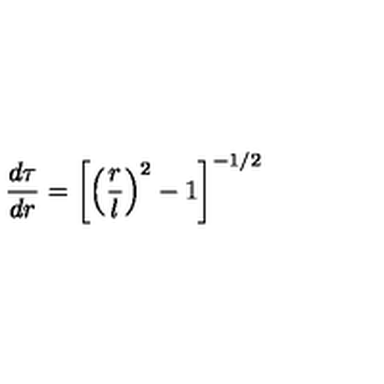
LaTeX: \frac { d \tau } { d r } = \left[ \left( \frac { r } { l } \right) ^ { 2 } - 1 \right] ^ { - 1 / 2 }